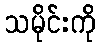
သမိုင်းကို